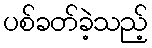
ပစ်ခတ်ခဲ့သည့်